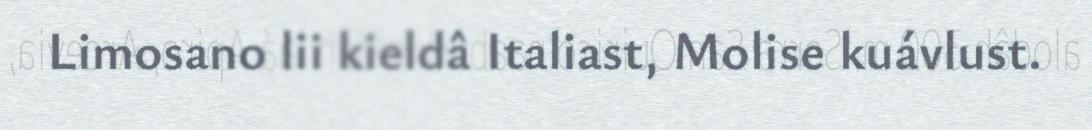
Limosano lii kieldâ Italiast, Molise kuávlust.